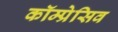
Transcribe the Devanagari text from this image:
कॉम्प्रेसिव